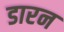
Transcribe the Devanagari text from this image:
डारन